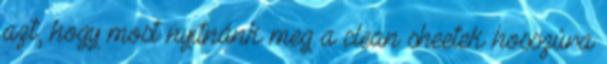
azt, hogy most nyitnánk meg a clean sheetek hosszúra